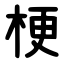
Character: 梗